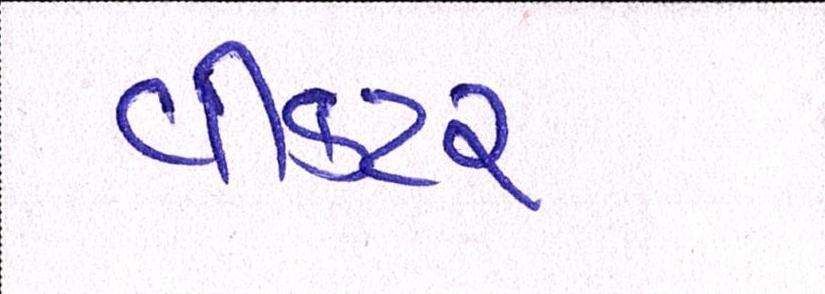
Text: વીકટર